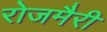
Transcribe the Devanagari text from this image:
रोजमैरी